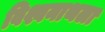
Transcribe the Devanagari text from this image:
विश्वनाथला